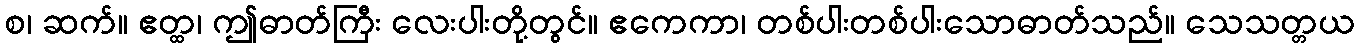
စ၊ ဆက်။ ဧတ္ထ၊ ဤဓာတ်ကြီး လေးပါးတို့တွင်။ ဧကေကာ၊ တစ်ပါးတစ်ပါးသောဓာတ်သည်။ သေသတ္တယ